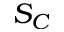
S _ { C }